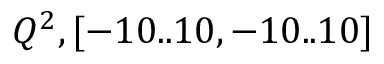
Q ^ { 2 } , [ - 1 0 . . 1 0 , - 1 0 . . 1 0 ]